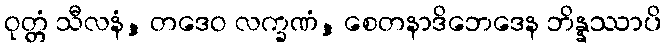
ဝုတ္တံ သီလနံ, တဒေဝ လက္ခဏံ, စေတနာဒိဘေဒေန ဘိန္နဿာပိ